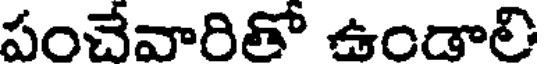
పంచేవారితో ఉండాలి